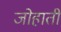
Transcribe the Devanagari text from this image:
जोहाती